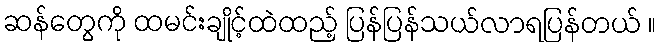
ဆန်တွေကို ထမင်းချိုင့်ထဲထည့် ပြန်ပြန်သယ်လာရပြန်တယ် ။